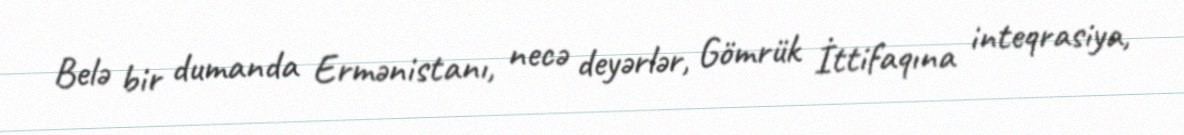
Belə bir dumanda Ermənistanı, necə deyərlər, Gömrük İttifaqına inteqrasiya,